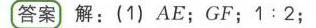
答案 解：(1) \(AE\)；\(GF\)；\(1:2\)；